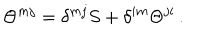
LaTeX: \Theta ^ { m j } = \delta ^ { m j } S + \delta ^ { i m } \Theta ^ { j i } \, .